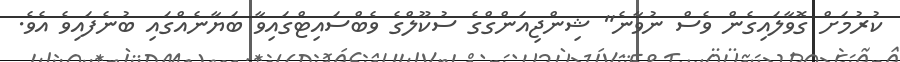
ކުރުމަށް ގޮވާލައިގެން ވެސް ނުވާނެ" ޝިންޖިއަންގްގެ ސުކޫލްގެ ވެބްސައިޓްގައިވާ ބަޔާނެއްގައި ބުނެފައިވެ އެވެ.